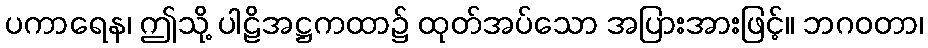
ပကာရေန၊ ဤသို့ ပါဠိအဋ္ဌကထာ၌ ထုတ်အပ်သော အပြားအားဖြင့်။ ဘဂဝတာ၊